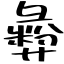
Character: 彜